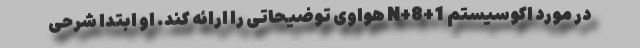
در مورد اکوسیستم 1+8+N هواوی توضیحاتی را ارائه کند. او ابتدا شرحی